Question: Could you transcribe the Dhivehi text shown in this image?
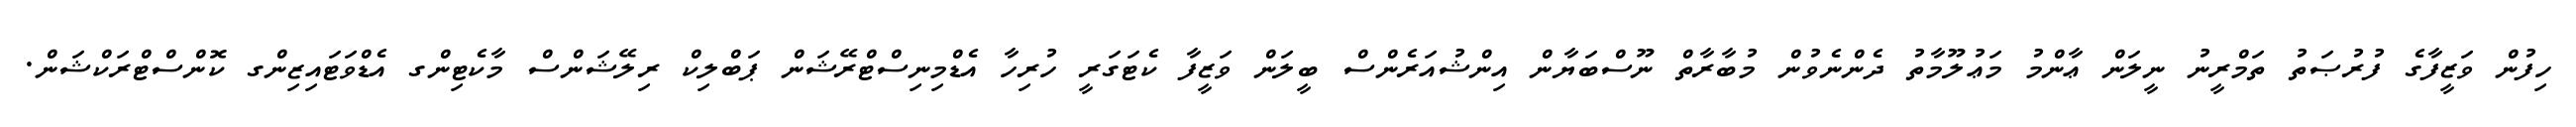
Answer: ހިފުން ވަޒީފާގެ ފުރުޞަތު ތަމްރީނު ނީލަން ޢާންމު މަޢުލޫމާތު ދެންނެވުން މުބާރާތް ނޫސްބަޔާން އިންޝުއަރެންސް ބީލަން ވަޒީފާ ކެޓަގަރީ ހުރިހާ އެޑްމިނިސްޓްރޭޝަން ޕަބްލިކް ރިލޭޝަންސް މާކެޓިންގ އެޑްވަޓައިޒިންގ ކޮންސްޓްރަކްޝަން.